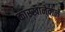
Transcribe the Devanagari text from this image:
कारखानेवाले